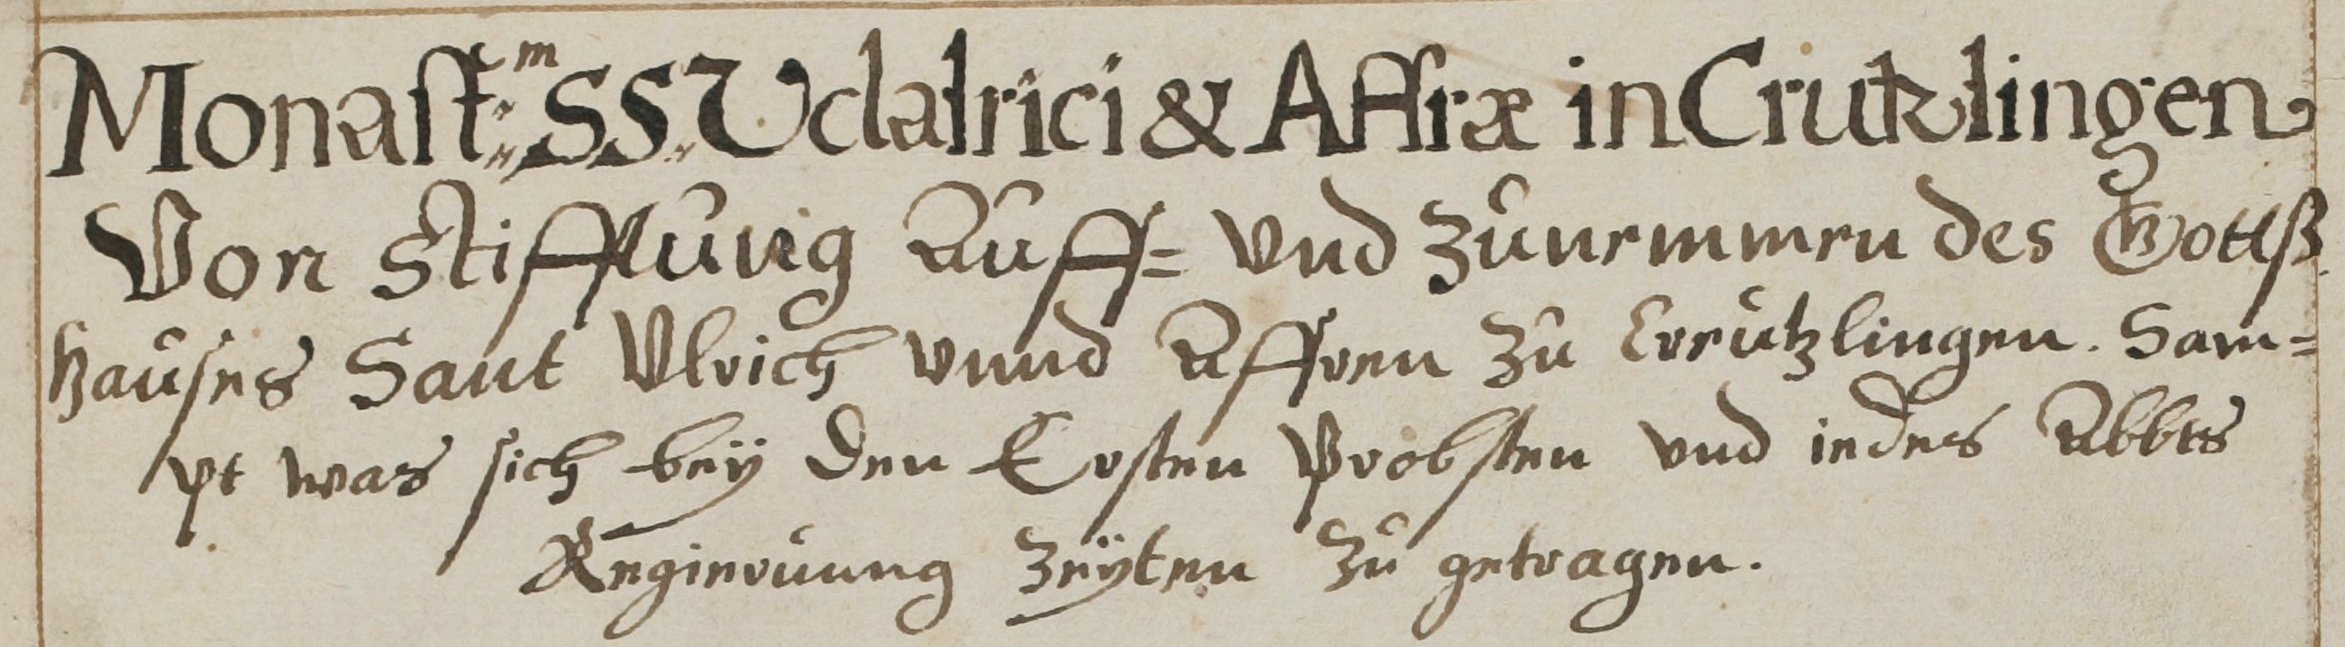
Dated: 1626–1656